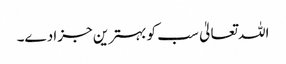
اللہ تعالیٰ سب کو بہترین جزا دے۔